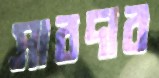
সাবদার